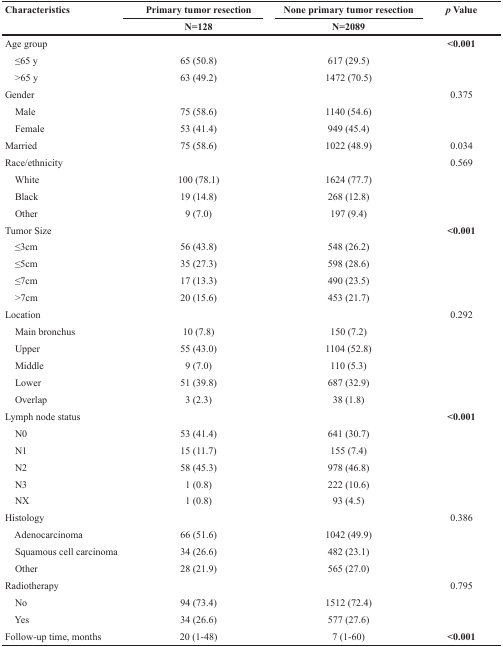
<table><thead><tr><td rowspan="2"><b>Characteristics</b></td><td><b>Primary tumor resection</b></td><td><b>None primary tumor resection</b></td><td rowspan="2"><b><i>p</i> Value</b></td></tr><tr><td><b>N=128</b></td><td><b>N=2089</b></td></tr></thead><tbody><tr><td>Age group</td><td></td><td></td><td><b>&lt;0.001</b></td></tr><tr><td> ≤65 y</td><td>65 (50.8)</td><td>617 (29.5)</td><td></td></tr><tr><td> &gt;65 y</td><td>63 (49.2)</td><td>1472 (70.5)</td><td></td></tr><tr><td>Gender</td><td></td><td></td><td>0.375</td></tr><tr><td> Male</td><td>75 (58.6)</td><td>1140 (54.6)</td><td></td></tr><tr><td> Female</td><td>53 (41.4)</td><td>949 (45.4)</td><td></td></tr><tr><td>Married</td><td>75 (58.6)</td><td>1022 (48.9)</td><td>0.034</td></tr><tr><td>Race/ethnicity</td><td></td><td></td><td>0.569</td></tr><tr><td> White</td><td>100 (78.1)</td><td>1624 (77.7)</td><td></td></tr><tr><td> Black</td><td>19 (14.8)</td><td>268 (12.8)</td><td></td></tr><tr><td> Other</td><td>9 (7.0)</td><td>197 (9.4)</td><td></td></tr><tr><td>Tumor Size</td><td></td><td></td><td><b>&lt;0.001</b></td></tr><tr><td> ≤3cm</td><td>56 (43.8)</td><td>548 (26.2)</td><td></td></tr><tr><td> ≤5cm</td><td>35 (27.3)</td><td>598 (28.6)</td><td></td></tr><tr><td> ≤7cm</td><td>17 (13.3)</td><td>490 (23.5)</td><td></td></tr><tr><td> &gt;7cm</td><td>20 (15.6)</td><td>453 (21.7)</td><td></td></tr><tr><td>Location</td><td></td><td></td><td>0.292</td></tr><tr><td> Main bronchus</td><td>10 (7.8)</td><td>150 (7.2)</td><td></td></tr><tr><td> Upper</td><td>55 (43.0)</td><td>1104 (52.8)</td><td></td></tr><tr><td> Middle</td><td>9 (7.0)</td><td>110 (5.3)</td><td></td></tr><tr><td> Lower</td><td>51 (39.8)</td><td>687 (32.9)</td><td></td></tr><tr><td> Overlap</td><td>3 (2.3)</td><td>38 (1.8)</td><td></td></tr><tr><td>Lymph node status</td><td></td><td></td><td><b>&lt;0.001</b></td></tr><tr><td> N0</td><td>53 (41.4)</td><td>641 (30.7)</td><td></td></tr><tr><td> N1</td><td>15 (11.7)</td><td>155 (7.4)</td><td></td></tr><tr><td> N2</td><td>58 (45.3)</td><td>978 (46.8)</td><td></td></tr><tr><td> N3</td><td>1 (0.8)</td><td>222 (10.6)</td><td></td></tr><tr><td> NX</td><td>1 (0.8)</td><td>93 (4.5)</td><td></td></tr><tr><td>Histology</td><td></td><td></td><td>0.386</td></tr><tr><td> Adenocarcinoma</td><td>66 (51.6)</td><td>1042 (49.9)</td><td></td></tr><tr><td> Squamous cell carcinoma</td><td>34 (26.6)</td><td>482 (23.1)</td><td></td></tr><tr><td> Other</td><td>28 (21.9)</td><td>565 (27.0)</td><td></td></tr><tr><td>Radiotherapy</td><td></td><td></td><td>0.795</td></tr><tr><td> No</td><td>94 (73.4)</td><td>1512 (72.4)</td><td></td></tr><tr><td> Yes</td><td>34 (26.6)</td><td>577 (27.6)</td><td></td></tr><tr><td>Follow-up time, months</td><td>20 (1-48)</td><td>7 (1-60)</td><td><b>&lt;0.001</b></td></tr></tbody></table>